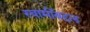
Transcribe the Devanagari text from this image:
स्वामीँबद्दल